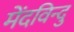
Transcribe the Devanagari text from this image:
मेंदविन्दु